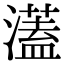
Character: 濭